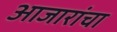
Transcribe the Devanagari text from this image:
आजारांचा